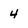
Character: 4